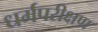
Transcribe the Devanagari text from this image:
धर्मपरीक्षण